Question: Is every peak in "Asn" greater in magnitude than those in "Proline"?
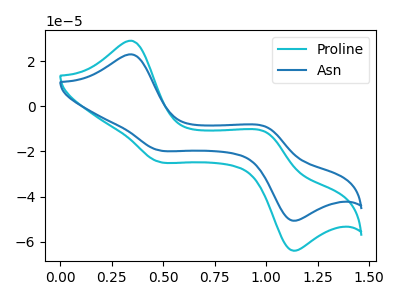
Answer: <think>The cyan curve "Proline" has anodic peaks at (0.35V, 29.05uA) (1.00V, -11.65uA) and cathodic peaks at (0.45V, -24.35uA) (1.10V, -63.55uA). The blue curve "Asn" has anodic peaks at (0.35V, 23.00uA) (1.00V, -9.25uA) and cathodic peaks at (0.45V, -19.30uA) (1.10V, -50.35uA).</think>
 <answer>The peaks in "Asn" are neither all higher or all lower than the peaks in "Proline".</answer>
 <eval>mixed</eval>